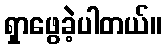
ရှာဖွေခဲ့ပါတယ်။